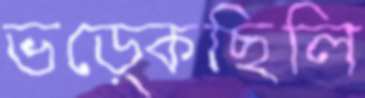
ভড়্‌কেছিলি